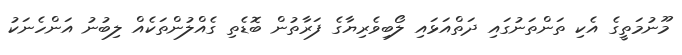
މޫނުމަތީގެ އެކި ތަންތަނުގައި ދަތްއަަޅައި ލޯބިވެރިޔާގެ ފަރާތުން ބޮޑެތި ގެއްލުންތަކެއް ލިބުނު އަންހެނަކު